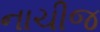
નાચીજ